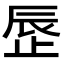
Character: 𬅾